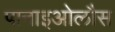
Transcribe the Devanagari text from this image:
पानाइओलौस